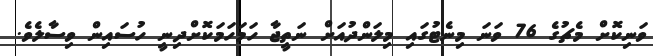
ވަނިކޮށް މެޗުގެ 76 ވަނަ މިނެޓުގައި މިލަންދުއަށް ނަތީޖާ ހަމަހަމަކޮށްދިނީ ހުސައިން ވިސާލެވެ.